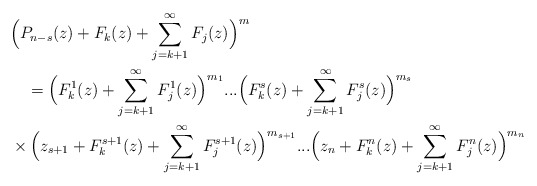
\begin{align*}&\Big(P_{n-s} (z)+ F_k(z) +\sum_{j=k+1}^\infty F_j(z)\Big)^m\\&\ \ \ =\Big(F_k^1(z) +\sum_{j=k+1}^\infty F_j^1(z)\Big)^{m_1}...\Big(F_k^s(z) +\sum_{j=k+1}^\infty F_j^s(z)\Big)^{m_s}\\ &\times \Big(z_{s+1}+F_k^{s+1}(z) +\sum_{j=k+1}^\infty F_j^{s+1}(z)\Big)^{m_{s+1}}...\Big(z_n+F_k^n(z) +\sum_{j=k+1}^\infty F_j^n(z)\Big)^{m_n}\end{align*}